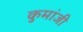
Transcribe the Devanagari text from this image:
कुमांजी